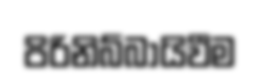
පිරිනිබ්බායිවීම